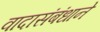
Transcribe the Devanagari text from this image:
वादासंबंधाने